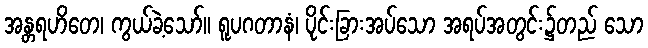
အန္တရဟိတေ၊ ကွယ်ခဲ့သော်။ ရူပဂတာနံ၊ ပိုင်းခြားအပ်သော အရပ်အတွင်း၌တည် သော